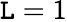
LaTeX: \mathtt{L}=1